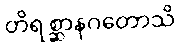
တိရစ္ဆာနဂတောသိ